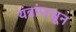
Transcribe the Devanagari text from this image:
यंत्रांपासून